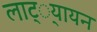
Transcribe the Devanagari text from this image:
लाट््यायन